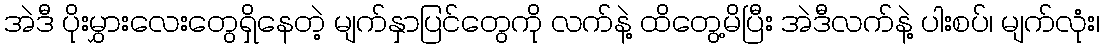
အဲဒီ ပိုးမွှားလေးတွေရှိနေတဲ့ မျက်နှာပြင်တွေကို လက်နဲ့ ထိတွေ့မိပြီး အဲဒီလက်နဲ့ ပါးစပ်၊ မျက်လုံး၊